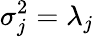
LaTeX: \sigma_{j}^{2}=\lambda_{j}